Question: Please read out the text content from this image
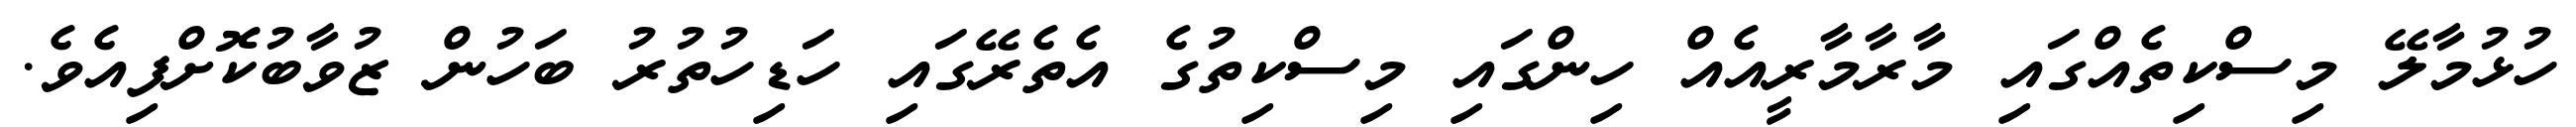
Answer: ހުޅުމާލޭ މިސްކިތެއްގައި މާރާމާރީއެއް ހިންގައި މިސްކިތުގެ އެތެރޭގައި ހަޑިހުތުރު ބަހުން ޒުވާބުކޮށްފިއެވެ.